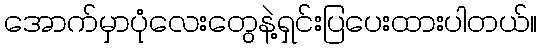
အောက်မှာပုံလေးတွေနဲ့ရှင်းပြပေးထားပါတယ်။